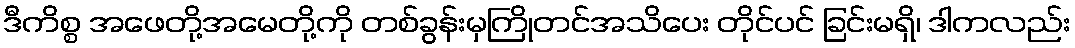
ဒီကိစ္စ အဖေတို့အမေတို့ကို တစ်ခွန်းမှကြိုတင်အသိပေး တိုင်ပင် ခြင်းမရှိ၊ ဒါကလည်း